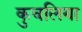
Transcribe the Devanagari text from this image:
कुचलिया